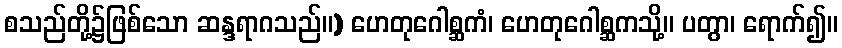
စသည်တို့၌ဖြစ်သော ဆန္ဒရာဂသည်။) ဟေတုဂေါစ္ဆကံ၊ ဟေတုဂေါစ္ဆကသို့။ ပတွာ၊ ရောက်၍။